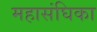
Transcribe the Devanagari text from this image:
महासंघिका